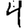
Digit: 4